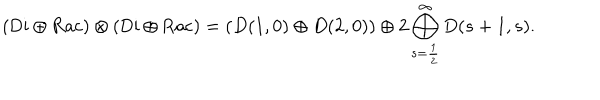
LaTeX: ( { \mathrm { D i } } \oplus { \mathrm { R a c } } ) \otimes ( { \mathrm { D i } } \oplus { \mathrm { R a c } } ) = ( D ( 1 , 0 ) \oplus D ( 2 , 0 ) ) \oplus 2 \bigoplus _ { s = \frac { 1 } { 2 } } ^ { \infty } D ( s + 1 , s ) .